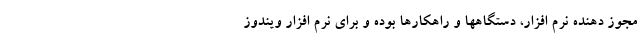
مجوز دهنده نرم افزار، دستگاهها و راهکارها بوده و برای نرم افزار ویندوز